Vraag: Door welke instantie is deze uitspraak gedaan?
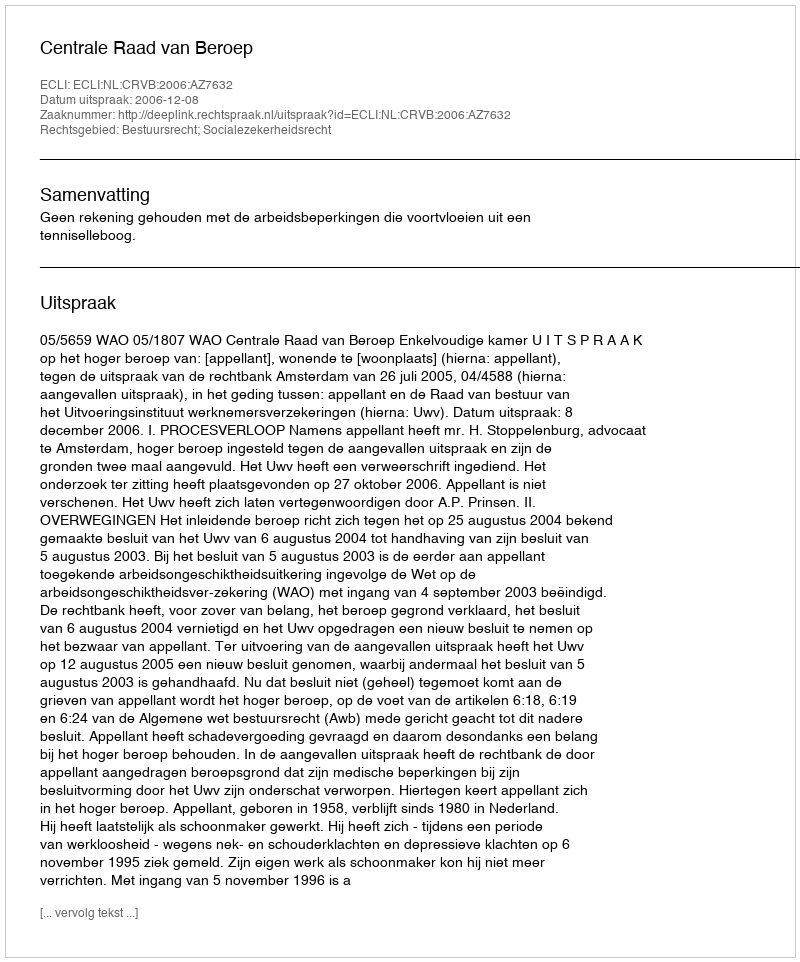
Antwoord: Centrale Raad van Beroep